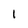
Character: I